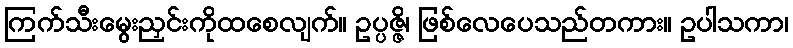
ကြက်သီးမွေးညှင်းကိုထစေလျက်။ ဥပ္ပဇ္ဇိ၊ ဖြစ်လေပေသည်တကား။ ဥပါသကာ၊